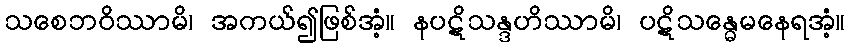
သစေဘဝိဿာမိ၊ အကယ်၍ဖြစ်အံ့။ နပဋိသန္ဒဟိဿာမိ၊ ပဋိသန္ဓေမနေရအံ့။